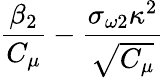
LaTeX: \frac{\beta_{2}}{C_{\mu}}-\frac{\sigma_{\omega 2}\kappa^{2}}{\sqrt{C_{\mu}}}